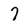
Character: 7